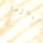
البلازما